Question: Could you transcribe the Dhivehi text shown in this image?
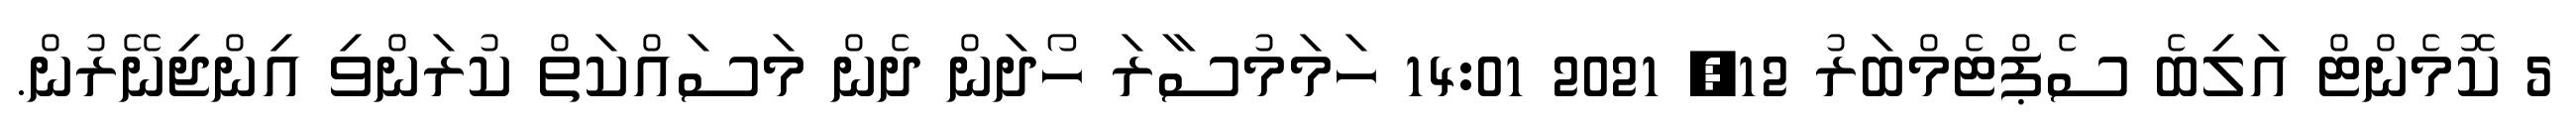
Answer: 5 ކޮމެންޓް އަލިބެ ސެޕްޓެމްބަރު 12, 2021 14:01 ހަމަމުސާރަ ހޯދަން ދެން މަސައްކަތް ކުރަންވި އިންޖިނޭރުން.